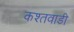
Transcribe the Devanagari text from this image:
कश्तवाडी